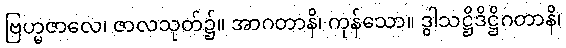
ဗြဟ္မဇာလေ၊ ဇာလသုတ်၌။ အာဂတာနိ၊ ကုန်သော။ ဒွါသဋ္ဌိဒိဋ္ဌိဂတာနိ၊